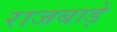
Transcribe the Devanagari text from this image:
राजबाड़े